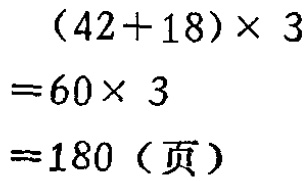
\[(42 + 18)\times 3\\

= 60\times 3\\

= 180 (\text{页})\]